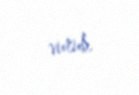
vurub.